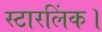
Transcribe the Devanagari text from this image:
स्टारलिंक।